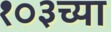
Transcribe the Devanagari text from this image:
१०३च्या